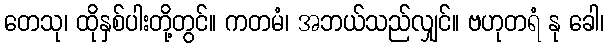
တေသု၊ ထိုနှစ်ပါးတို့တွင်။ ကတမံ၊ အဘယ်သည်လျှင်။ ဗဟုတရံ နု ခေါ၊